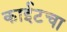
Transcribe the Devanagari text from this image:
काईटचा